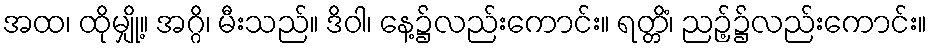
အထ၊ ထိုမျှို့။ အဂ္ဂိ၊ မီးသည်။ ဒိဝါ၊ နေ့၌လည်းကောင်း။ ရတ္တိံ၊ ညဉ့်၌လည်းကောင်း။